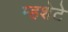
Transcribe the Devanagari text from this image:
म्हशेटे